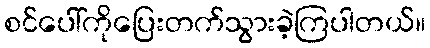
စင်ပေါ်ကိုပြေးတက်သွားခဲ့ကြပါတယ်။